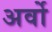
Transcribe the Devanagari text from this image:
अर्वो